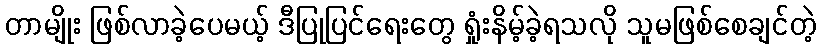
တာမျိုး ဖြစ်လာခဲ့ပေမယ့် ဒီပြုပြင်ရေးတွေ ရှုံးနိမ့်ခဲ့ရသလို သူမဖြစ်စေချင်တဲ့